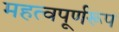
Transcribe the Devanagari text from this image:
महत्वपूर्णरूप